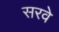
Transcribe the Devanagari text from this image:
सरवे